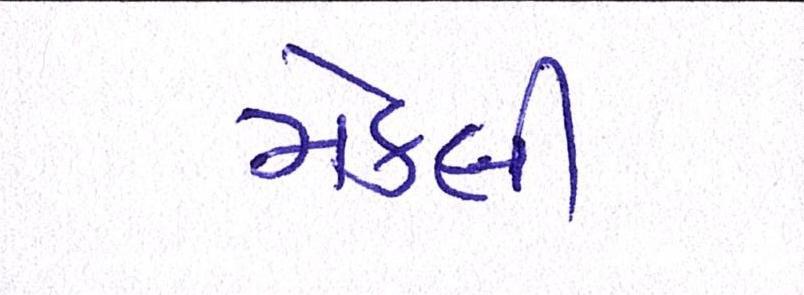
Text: મેકલી